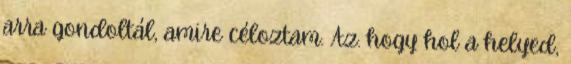
arra gondoltál, amire céloztam. Az. hogy hol a helyed,